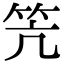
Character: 笐